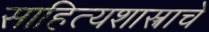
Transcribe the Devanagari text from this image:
साहित्यशास्त्राचे